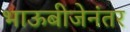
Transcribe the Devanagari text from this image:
भाऊबीजेनंतर